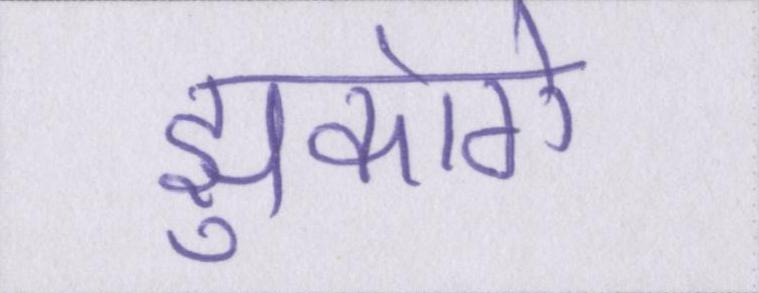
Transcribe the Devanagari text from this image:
झुकोगे